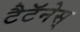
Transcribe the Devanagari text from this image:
टैटॅनेस्